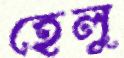
হেলু